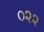
૦૨૨